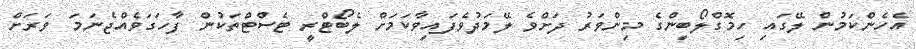
އެހެންކަމުން ލޭގައި ހިމޮގްލޯބިންގެ މިންވަރު ދަށްވެ ލޭމަދުވެފައިވާކަމަށް ލެބޯޓްރީ ޓެސްޓްތަކުން ފާހަގަވެއްޖެނަމަ ވަރަށް